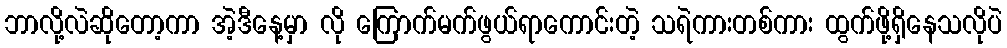
ဘာလို့လဲဆိုတော့ကာ အဲ့ဒီနေ့မှာ လို ကြောက်မက်ဖွယ်ရာကောင်းတဲ့ သရဲကားတစ်ကား ထွက်ဖို့ရှိနေသလိုပဲ